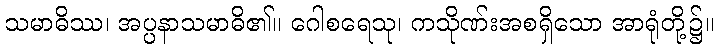
သမာဓိဿ၊ အပ္ပနာသမာဓိ၏။ ဂေါစရေသု၊ ကသိုဏ်းအစရှိသော အာရုံတို့၌။